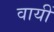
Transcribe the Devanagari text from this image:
वायीं